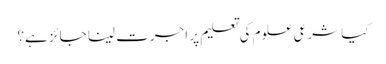
کیا شرعی علوم کی تعلیم پر اجرت لینا جائز ہے؟